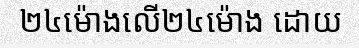
២៤ម៉ោងលើ២៤ម៉ោង ដោយ